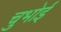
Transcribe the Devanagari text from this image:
चुभोई